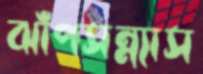
ঝাঁপসন্ন্যাস